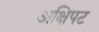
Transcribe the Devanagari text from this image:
अक्षिपट